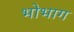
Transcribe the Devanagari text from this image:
भोभाग